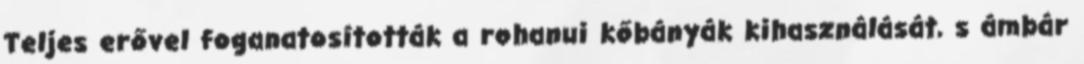
Teljes erővel foganatosították a rohanui kőbányák kihasználását, s ámbár